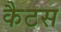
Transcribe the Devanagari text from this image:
कैटस